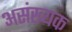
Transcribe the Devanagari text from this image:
असंख्यक